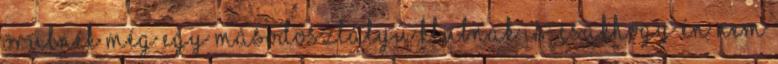
örülnék még egy másodosztályú klubnak is, csakhogy én nem